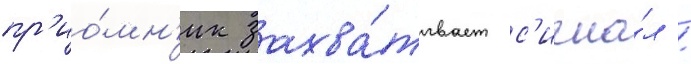
пр'ио́мн'ик захва́тывает с'игна́л /